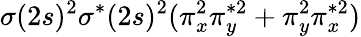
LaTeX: \sigma(2s)^{2}\sigma^{*}(2s)^{2}(\pi_{x}^{2}\pi_{y}^{*2}+\pi_{y}^{2}\pi_{x}^{*2})